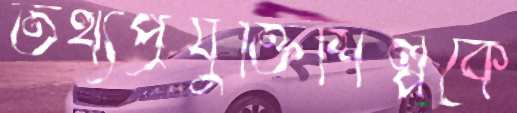
তথ্যপ্রযুক্তিশিল্পকে